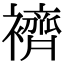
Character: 𧞓